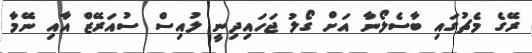
ރޭގެ މެޗުގައި ބާސެލޯނާ އަށް ގޯލު ޖަހައިދިނީ ލުއިސް ސުއަރޭޒް އާއި ނޭމާ